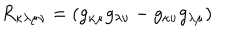
R _ { \kappa \lambda \mu \nu } = ( g _ { \kappa \mu } g _ { \lambda \nu } - g _ { \kappa \nu } g _ { \lambda \mu } )